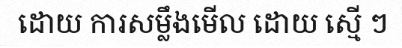
ដោយ ការសម្លឹងមើល ដោយ ស្មើ ៗ